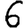
Digit: 6